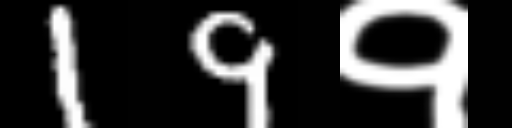
Text: 19१